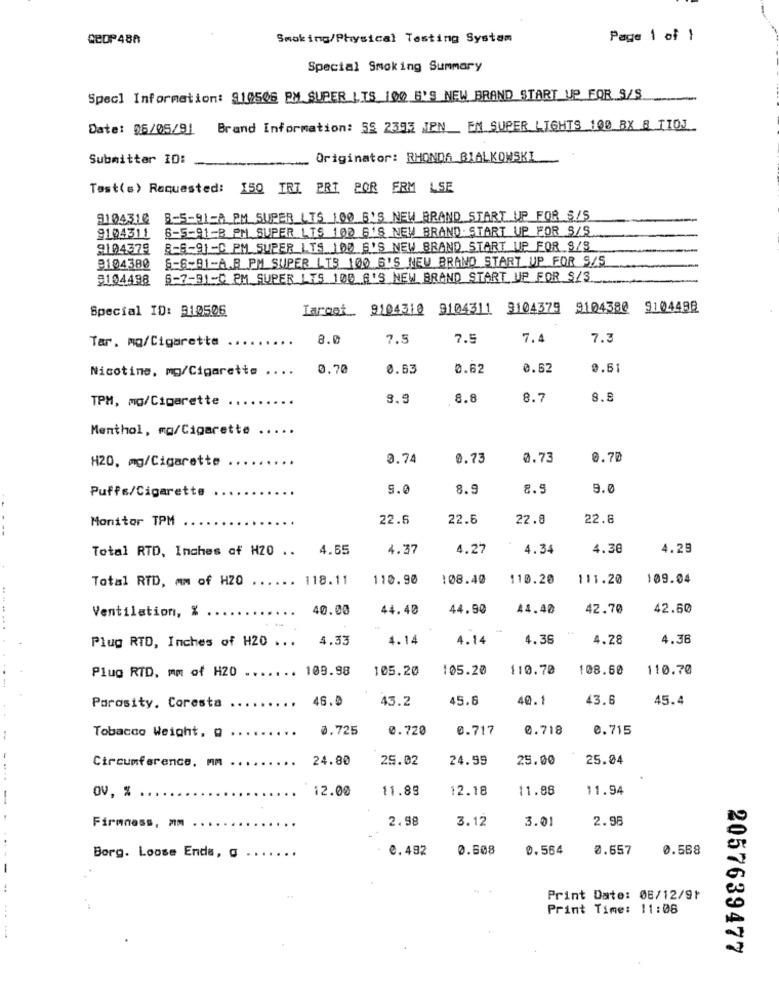
QEDP488
Smoking/Physical Testing System
Page 1 of }
Special Smoking Summary
Specl Information: 910508 PM SUPER LIS 100 6'S NEW BRAND START UP FOR S/S.
Date: 05/05/91
Brand Information: 55 2393 JPN_ EN SUPER LIGHTS 100 BX 8 TIOJ
Submitter ID:
-
Originator: RHONDA BIALKOWSKI
Test(s) Requested: 150 IRI PRI POR FRM LSE
9104310 8-5-91-4 PM SUPER LTS 100 G'S NEW BRAND START UP FOR S/5
6-5-91-8 PM SUPER LIS 100 5'S NEW BRAND: START UP FOR S/S
9104311
9104378
8-6-91-0 PM SUPER LTS 100 6'S NEW BRAND START UP FOR S/8
S-6-91-A.R PM SUPER LIS 100 6'S NEW BRAND START UP FOR 9/5
9104380
9104498
6-7-91-C PM SUPER LES 100 G'S NEW BRAND START UP FOR $/3
Special ID: 910506
Target. 9104310 9104311 9104379
9104380 9104498
Tar. mo/Cigarette
..
8.0
7.5
7.5
7.4
7.3
Nicotine, mg/Cigarette ....
0,70
0.63
0.62
0.52
9.61
TPM, mg/Cigarette
8.8
8.7
8.8
Menthol, mo/Cigarette
..
H20, mg/Cigarette
0.74
0.73
0.73
0.70
Puffs/Cigarette
9.0
8.5
8.5
9.0
Monitor TPM
22.5
22.6
22.8
22.6
Total RTD, Inches of HZ0 ..
4.55
4.37
4.27
4.34
4.30
4.29
Total RTD, mm of H20
118.11
110.90
:08.40
110.20
111.20
109.04
Ventilation, % ..
40.00
44.40
44.90
44.40
42.70
42.60
Plug RTD, Inches of H20 ...
4.33
4.14
4.14
4.36
4.28
4.38
Plug RTD, mm of H20
.. 109.98
105.20
105.20
110.70
108.60
110.70
46.0
43.2
45.6
40.1
43.6
45.4
Porosity. Coresta
0.725
0.720
0.717
0.718
0.715
Tobacco Weight, @
24.80
25.02
24.99
25.00
25.04
Circumference, Mm
12.00
11.89
12.18
11.88
11.94
-
ov, % ..
..
2.98
3.12
3.01
2.98
Firmness, MM
Borg. Loose Enda, a
0.492
0.608
0.564
0.657
0.588
-
Print Date: 08/12/91
Print Time: 11:06
2057639477